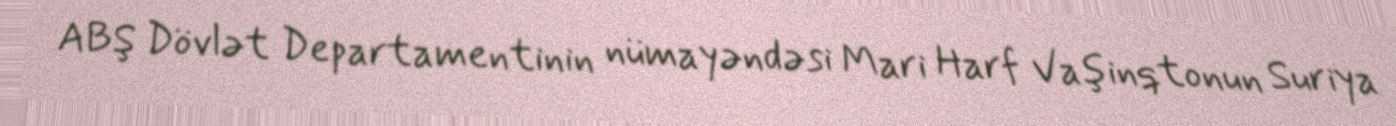
ABŞ Dövlət Departamentinin nümayəndəsi Mari Harf Vaşinqtonun Suriya